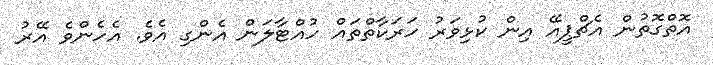
އޮތްގޮތުން އެޗްޕީއޭ އިން ކުޅިވަރު ހަރަކާތްތައް ހުއްޓާލަން އެންގި އެވެ. އެހެންވެ އޭރު